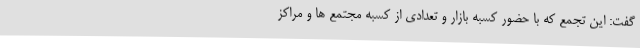
گفت: این تجمع که با حضور کسبه بازار و تعدادی از کسبه مجتمع ها و مراکز